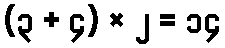
(၃ + ၄) × ၂ = ၁၄